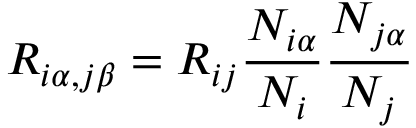
R _ { i \alpha , j \beta } = R _ { i j } \frac { N _ { i \alpha } } { N _ { i } } \frac { N _ { j \alpha } } { N _ { j } }